Vaccination in Burma 1912-1922 - 1912-1922
Year: 1912
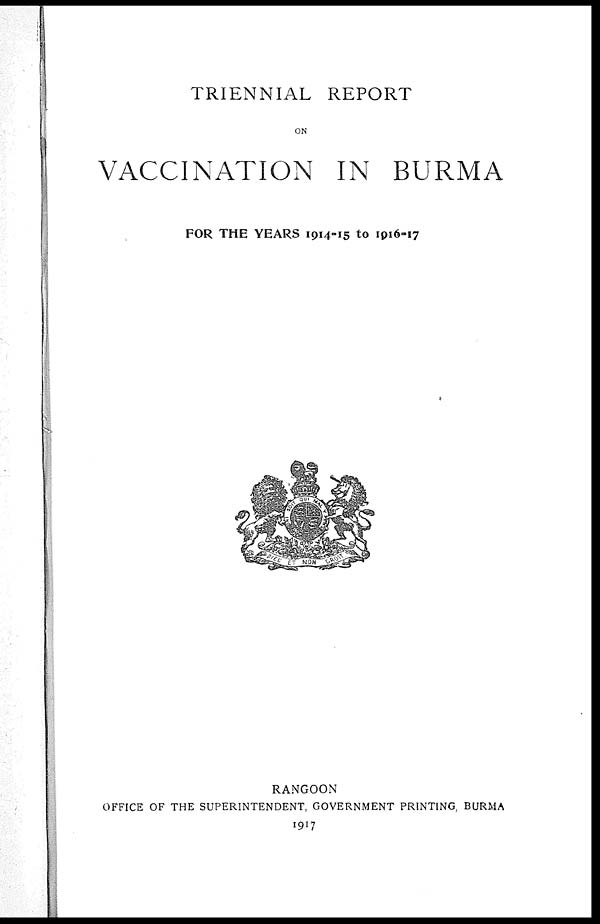
TRIENNIAL REPORT
ON
VACCINATION IN BURMA
FOR THE YEARS 1914-15 to 1916-17
RANGOON
OFFICE OF THE SUPERINTENDENT, GOVERNMENT PRINTING, BURMA
1917